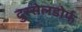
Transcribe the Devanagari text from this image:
दुस्सेलडोर्फ